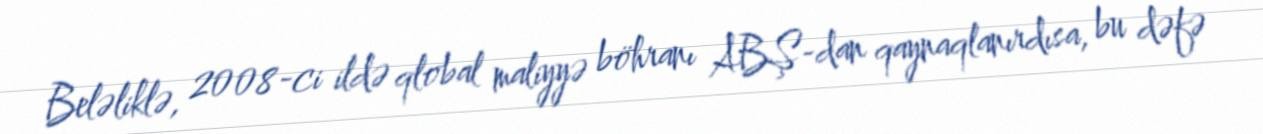
Beləliklə, 2008-ci ildə qlobal maliyyə böhranı ABŞ-dan qaynaqlanırdısa, bu dəfə